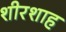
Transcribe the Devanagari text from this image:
शीरशाह